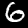
Label: 6